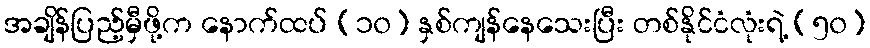
အချိန်ပြည့်မှီဖို့က နောက်ထပ် (၁၀) နှစ်ကျန်နေသေးပြီး တစ်နိုင်ငံလုံးရဲ့ (၅၀)